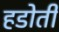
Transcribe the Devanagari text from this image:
हडोती